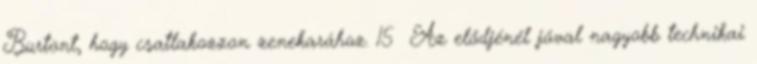
Burtont, hogy csatlakozzon zenekarához. 15 Az elődjénél jóval nagyobb technikai